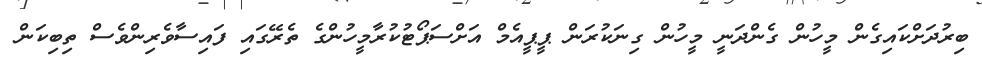
ބިރުދަށްކައިގެން މީހުން ގެންދަނީ މީހުން ގިނަކުރަން ޕީޕީއެމް އަށްސަޕޯޓުކުރާމީހުންގެ ތެރޭގައި ފައިސާވެރިންވެސް ތިބިކަން